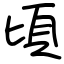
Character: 頃